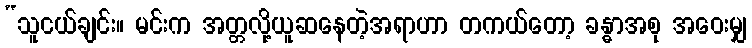
“သူငယ်ချင်း။ မင်းက အတ္တလို့ယူဆနေတဲ့အရာဟာ တကယ်တော့ ခန္ဓာအစု အဝေးမျှ